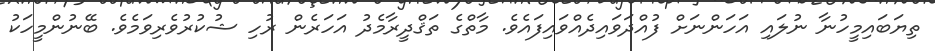
ތިޔަބައިމީހުނާ ނުލައި އަހަންނަށް ފުއްދަވައިދެއްވައިފައެެވެ. މާތްގެ ތަޤްދީރާމެދު އަހަރެން ރުހި ޝުކުރުވެރިވަމެވެ. ބޭނުންމީހަކު